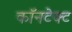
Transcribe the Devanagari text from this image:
कॉनटेक्ट